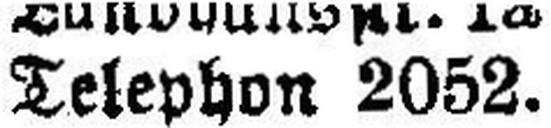
Telephon 2052.